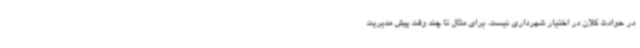
در حوادث کلان در اختیار شهرداری نیست. برای مثال تا چند وقت پیش مدیریت